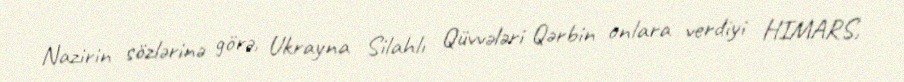
Nazirin sözlərinə görə, Ukrayna Silahlı Qüvvələri Qərbin onlara verdiyi HIMARS,